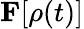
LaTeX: {\mathbf F}[\rho(t)]